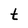
Character: t